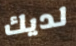
لديك